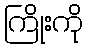
ကြိုးကို